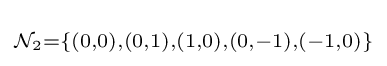
\scriptstyle {\mathcal {N}}_{2}=\{(0,0),(0,1),(1,0),(0,-1),(-1,0)\}